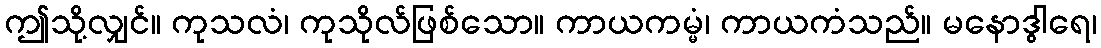
ဤသို့လျှင်။ ကုသလံ၊ ကုသိုလ်ဖြစ်သော။ ကာယကမ္မံ၊ ကာယကံသည်။ မနောဒွါရေ၊